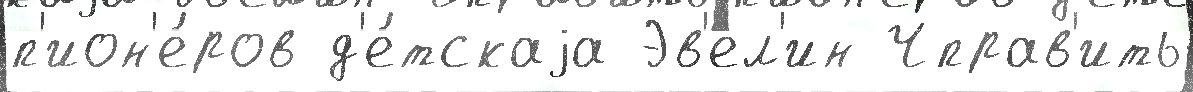
п'ион'е́ров д'е́тскаjа Эв'ел'ин Чправ'ить